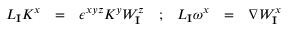
\begin{array} { c c c c c c c } { { { \cal L } _ { \mathbf { I } } K ^ { x } } } & { { = } } & { { \epsilon ^ { x y z } K ^ { y } W _ { \mathbf { I } } ^ { z } } } & { { ; } } & { { { \cal L } _ { \mathbf { I } } \omega ^ { x } } } & { { = } } & { { \nabla W _ { \mathbf { I } } ^ { x } } } \end{array}